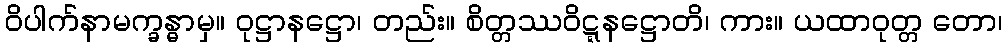
ဝိပါက်နာမက္ခန္ဓာမှ။ ဝုဋ္ဌာနဋ္ဌော၊ တည်း။ စိတ္တဿဝိဋ္ဋနဋ္ဌောတိ၊ ကား။ ယထာဝုတ္တ တော၊